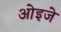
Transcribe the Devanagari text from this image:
ओइजे